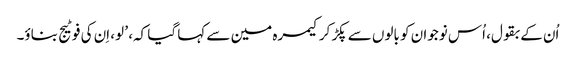
اُن کے بقول، اُس نوجوان کو بالوں سے پکڑ کر کیمرہ مین سے کہا گیا کہ، ’ لو، اِن کی فوٹیج بناؤ۔